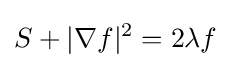
S+|\nabla f|^{2}=2\lambda f